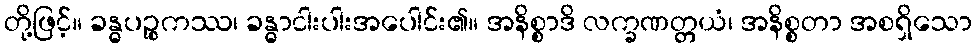
တို့ဖြင့်။ ခန္ဓပဉ္စကဿ၊ ခန္ဓာငါးပါးအပေါင်း၏။ အနိစ္စာဒိ လက္ခဏတ္တယံ၊ အနိစ္စတာ အစရှိသော